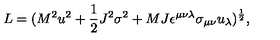
L = ( M ^ { 2 } u ^ { 2 } + { \frac { 1 } { 2 } } J ^ { 2 } \sigma ^ { 2 } + M J \epsilon ^ { \mu \nu \lambda } \sigma _ { \mu \nu } u _ { \lambda } ) ^ { \frac { 1 } { 2 } } ,